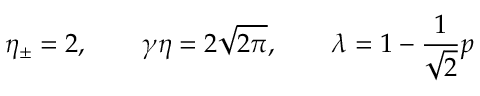
\eta _ { \pm } = 2 , \qquad \gamma \eta = 2 \sqrt { 2 \pi } , \qquad \lambda = 1 - \frac { 1 } { \sqrt { 2 } } p